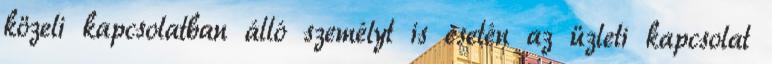
közeli kapcsolatban álló személyt is esetén az üzleti kapcsolat